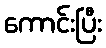
ကောင်းပြီး